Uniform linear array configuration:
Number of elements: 48
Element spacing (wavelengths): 1
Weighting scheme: hann
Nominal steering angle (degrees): -45
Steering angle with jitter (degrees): -43.614
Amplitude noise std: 0.05
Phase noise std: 0.05

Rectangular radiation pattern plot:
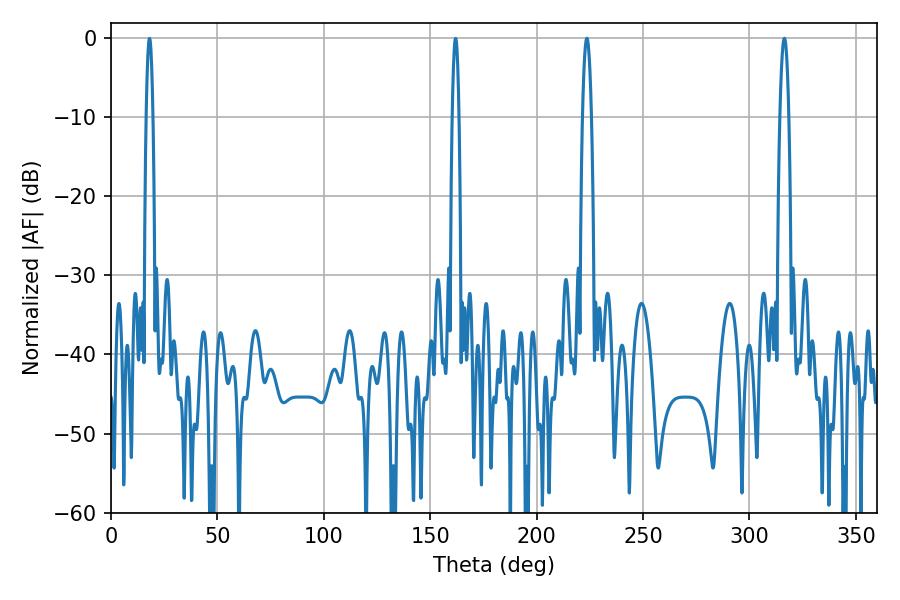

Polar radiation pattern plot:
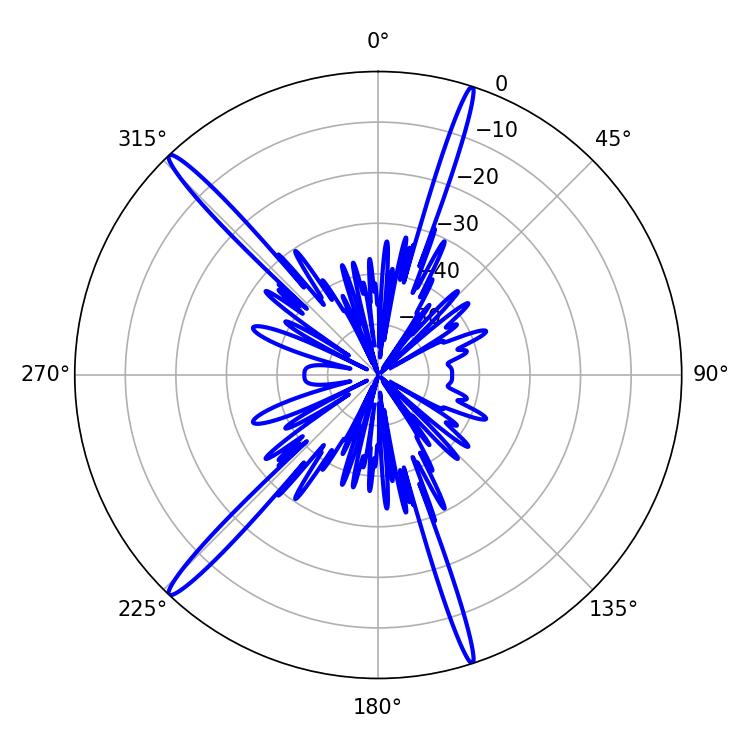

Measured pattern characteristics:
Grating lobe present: TRUE
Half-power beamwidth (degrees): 2.34
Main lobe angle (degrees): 223.56